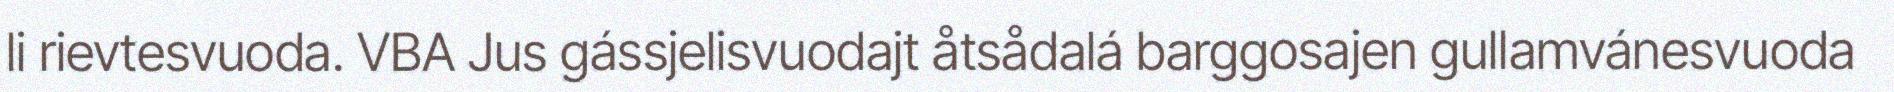
li rievtesvuoda. VBA Jus gássjelisvuodajt åtsådalá barggosajen gullamvánesvuoda